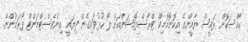
ހާއްސަކޮށް ރައީސް ޔާމީންގެ އިކޮނޮމޮމިކް ޓްރާސްފޮމޭޝަންއަށް ލޯ ހުޅުވައިގެން ދިޔައީ އިންވެސްޓްމަންޓް ފޯރަމުންނޭ.